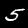
Label: 5